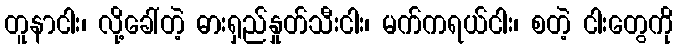
တူနာငါး၊ လို့ခေါ်တဲ့ ဓားရှည်နှုတ်သီးငါး၊ မက်ကရယ်ငါး၊ စတဲ့ ငါးတွေကို